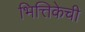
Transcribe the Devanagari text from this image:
भित्तिकेची